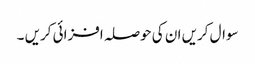
سوال کریں ان کی حوصلہ افزائی کریں ۔